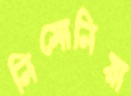
নিমোনিয়া